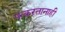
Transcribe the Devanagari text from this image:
पत्करतानाही